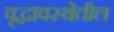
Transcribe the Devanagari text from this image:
वृद्धावस्थेतील